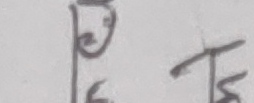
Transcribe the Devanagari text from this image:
छ त